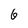
Character: 6